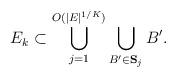
LaTeX: \begin{align*}E_k \subset \bigcup_{j=1}^{O(|E|^{1/K})} \bigcup_{B' \in \mathbf S_j} B'.\end{align*}